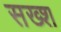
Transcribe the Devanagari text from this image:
सख्श